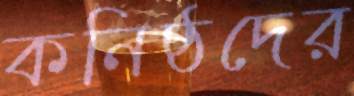
কনিষ্ঠদের